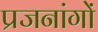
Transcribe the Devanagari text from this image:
प्रजनांगों